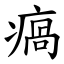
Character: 瘑